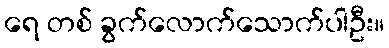
ရေ တစ် ခွက်လောက်သောက်ပါဦး။